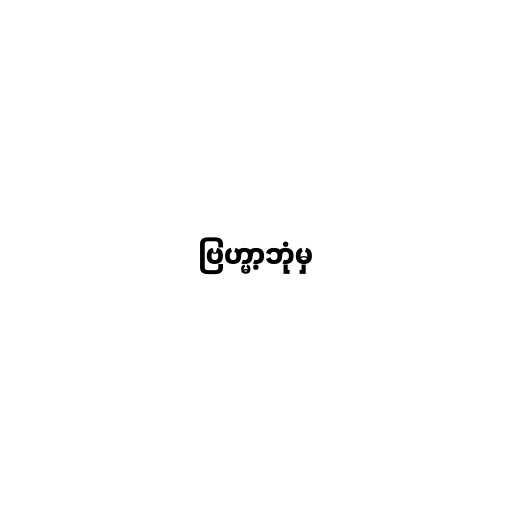
ဗြဟ္မာ့ဘုံမှ